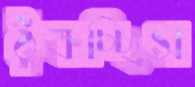
ঠুক্‌রচ্ছিস